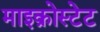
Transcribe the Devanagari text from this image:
माइक्रोस्टेट